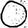
Digit: 0